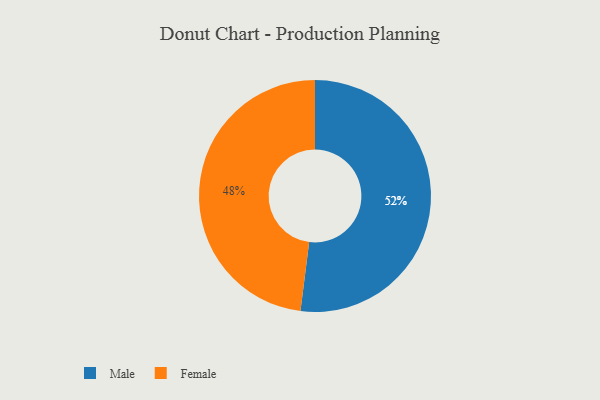
{"axis": {"x": "Category", "y": "Percentage"}, "legend": ["Female", "Male"], "data": [{"x": "Male", "y": 52, "type": "Male"}, {"x": "Female", "y": 48, "type": "Female"}]}